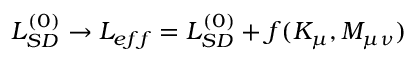
{ \cal L } _ { S D } ^ { ( 0 ) } \to { \cal L } _ { e f f } = { \cal L } _ { S D } ^ { ( 0 ) } + f ( K _ { \mu } , M _ { \mu \nu } )